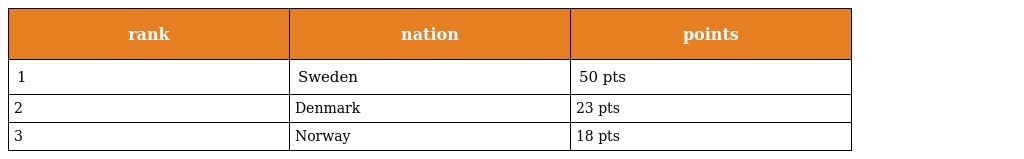
| rank | nation | points |
 | --- | --- | --- |
 | 1 | Sweden | 50 pts |
 | 2 | Denmark | 23 pts |
 | 3 | Norway | 18 pts |